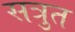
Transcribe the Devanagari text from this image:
सत्रुत